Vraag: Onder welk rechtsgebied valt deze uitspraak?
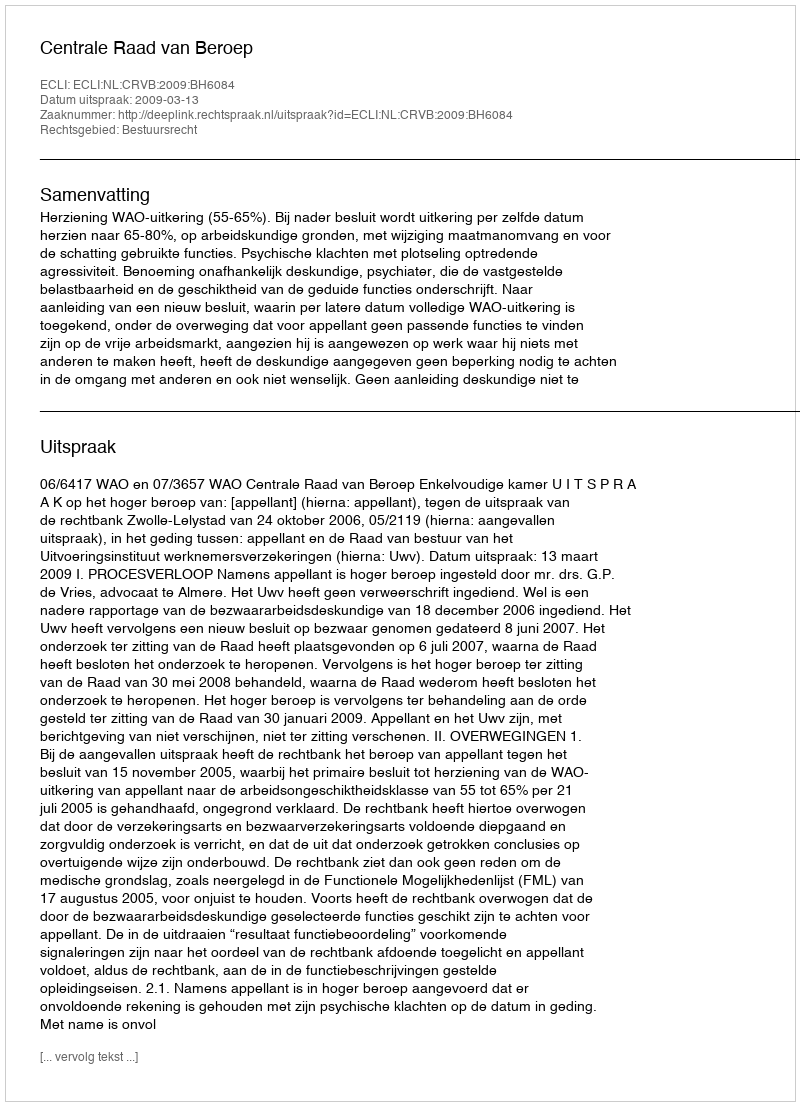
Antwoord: Bestuursrecht